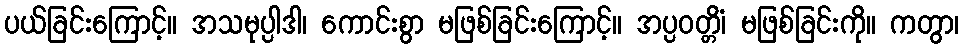
ပယ်ခြင်းကြောင့်။ အသမုပ္ပါဒါ၊ ကောင်းစွာ မဖြစ်ခြင်းကြောင့်။ အပ္ပဝတ္တိံ၊ မဖြစ်ခြင်းကို။ ကတွာ၊